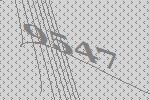
9547